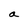
Character: a